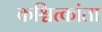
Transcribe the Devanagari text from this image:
कश्चित्कांता